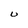
Character: U